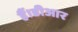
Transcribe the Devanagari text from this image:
हैं।डीआर